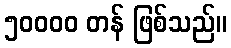
၅၀၀၀၀ တန် ဖြစ်သည်။